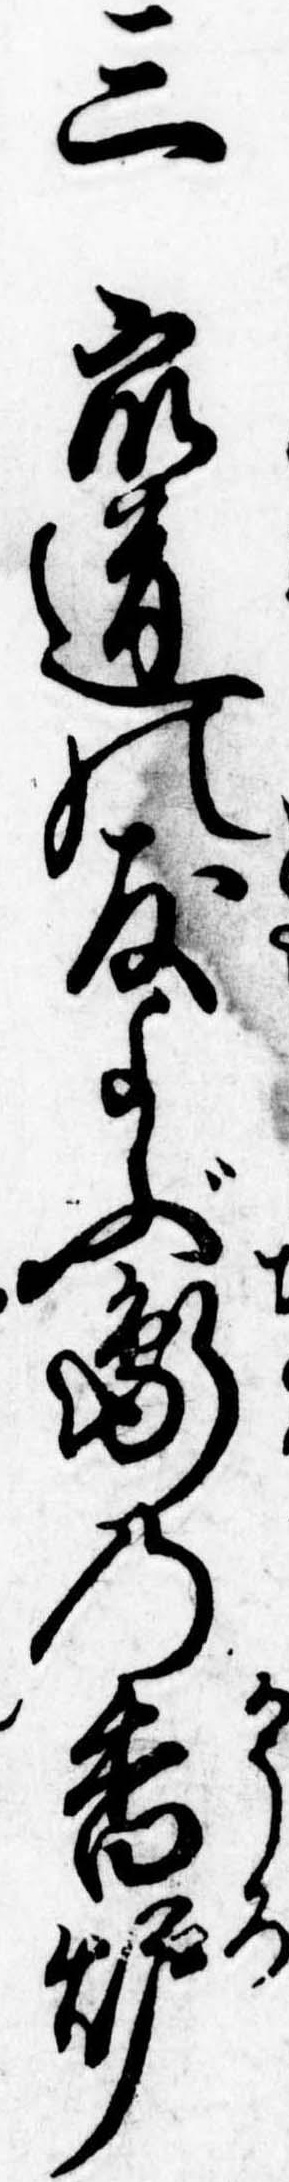
三衆道の友よぶ鵆の香炉